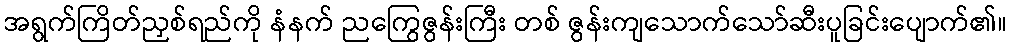
အရွက်ကြိတ်ညှစ်ရည်ကို နံနက် ညကြွေဇွန်းကြီး တစ် ဇွန်းကျသောက်သော်ဆီးပူခြင်းပျောက်၏။